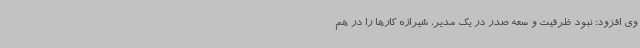
وی افزود: نبود ظرفیت و سعه صدر در یک مدیر، شیرازه کارها را در هم